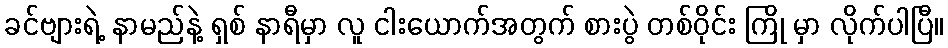
ခင်ဗျားရဲ့ နာမည်နဲ့ ရှစ် နာရီမှာ လူ ငါးယောက်အတွက် စားပွဲ တစ်ဝိုင်း ကြို မှာ လိုက်ပါပြီ။